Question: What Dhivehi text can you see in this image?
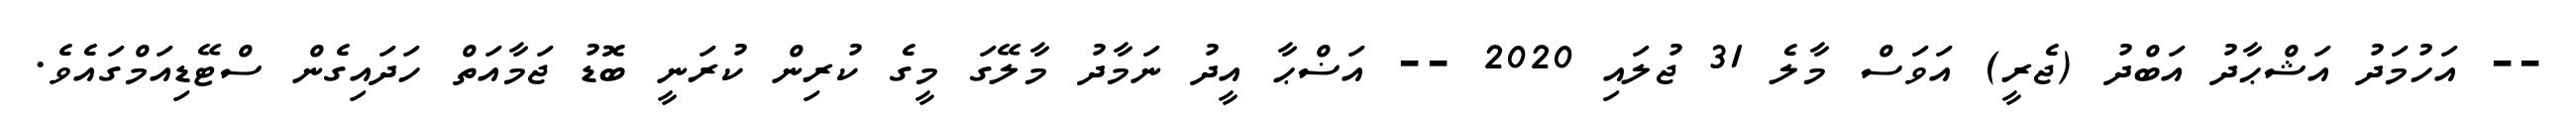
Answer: -- އަހުމަދު އަޝްޙާދު އަބްދު (ޖެރީ) އަވަސް މާލެ 31 ޖުލައި 2020 -- އަޟްޙާ އީދު ނަމާދު މާލޭގަ މީގެ ކުރިން ކުރަނީ ބޮޑު ޖަމާއަތް ހަދައިގެން ސްޓޭޑިއަމްގައެވެ.